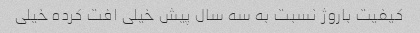
کیفیت باروژ نسبت به سه سال پیش خیلی افت کرده خیلی